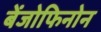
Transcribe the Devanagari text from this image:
बेंजोफिनोन